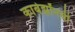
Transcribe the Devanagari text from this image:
काबेझॉनची